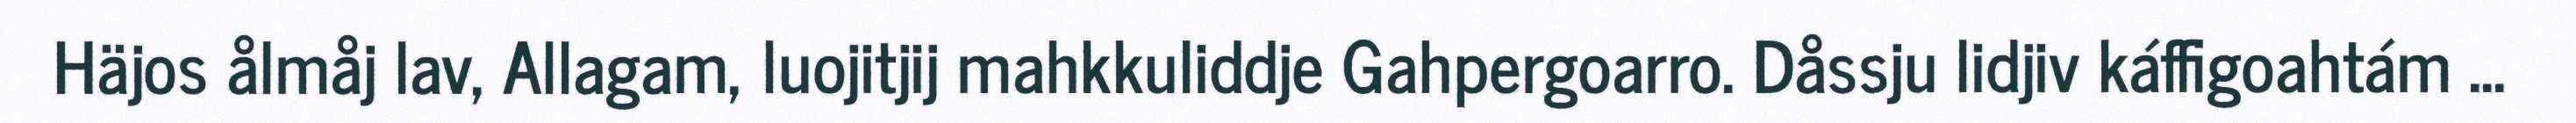
Häjos ålmåj lav, Allagam, luojitjij mahkkuliddje Gahpergoarro. Dåssju lidjiv káffigoahtám ...